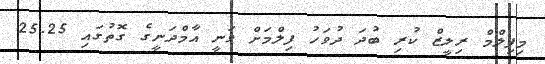
މިފިލްމް ރިލީޒް ކުރި ބުދަ ދުވަހު ފިލްމަށް ވަނީ އާމްދަނީގެ ގޮތުގައި 25.25